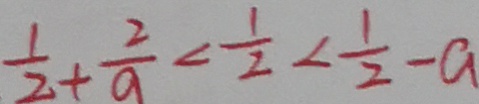
\frac { 1 } { 2 } + \frac { 2 } { a } < \frac { 1 } { 2 } < \frac { 1 } { 2 } - a